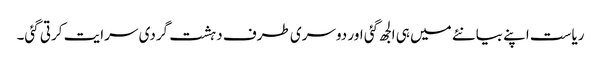
ریاست اپنے بیانئے میں ہی الجھ گئی اور دوسری طرف دہشت گردی سرایت کرتی گئی۔